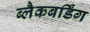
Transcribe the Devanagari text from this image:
ब्लैकबर्डिंग